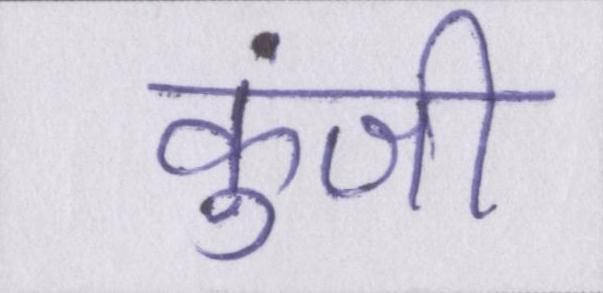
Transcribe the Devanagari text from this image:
कुंजी